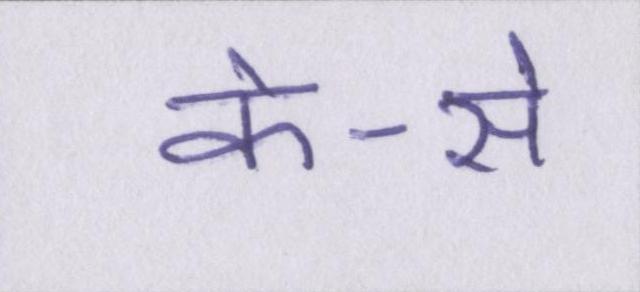
के-से